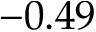
- 0 . 4 9